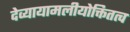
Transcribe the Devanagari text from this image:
देव्यायामलीयोक्तितत्व